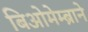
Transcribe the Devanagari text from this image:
बिओमेम्ब्राने